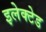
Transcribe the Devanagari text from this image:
इलेक्टेड